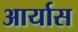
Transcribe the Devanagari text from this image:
आर्यास